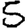
Digit: 5